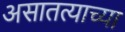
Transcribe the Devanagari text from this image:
असातत्याच्या